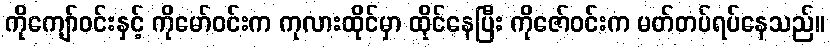
ကိုကျော်ဝင်းနှင့် ကိုမော်ဝင်းက ကုလားထိုင်မှာ ထိုင်နေပြီး ကိုဇော်ဝင်းက မတ်တပ်ရပ်နေသည်။